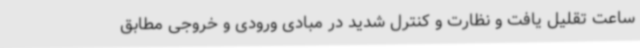
ساعت تقلیل یافت و نظارت و کنترل شدید در مبادی ورودی و خروجی مطابق